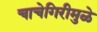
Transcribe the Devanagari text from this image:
चाचेगिरीमुळे